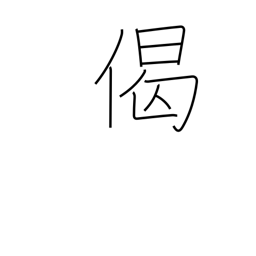
Meaning: verse in praise of Buddha